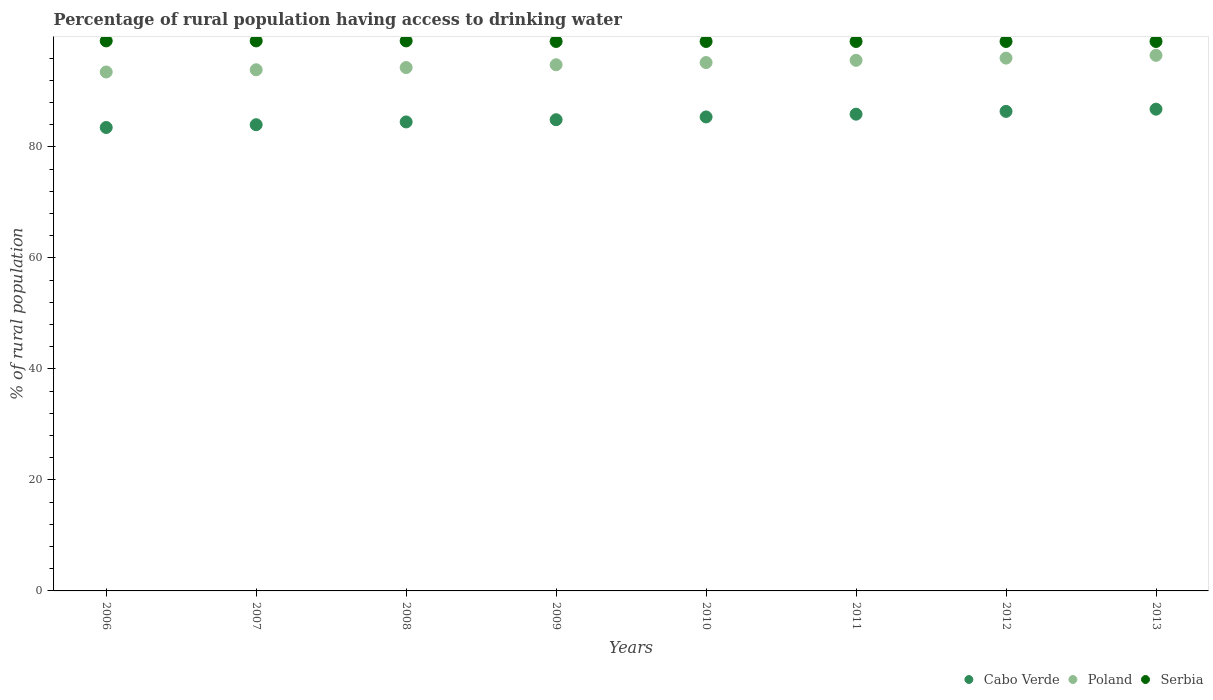
| Years | Cabo Verde | Poland | Serbia |
 | --- | --- | --- | --- |
 | 2006 | 83.5 | 93.5 | 99.1 |
 | 2007 | 84 | 93.9 | 99.1 |
 | 2008 | 84.5 | 94.3 | 99.1 |
 | 2009 | 84.9 | 94.8 | 99 |
 | 2010 | 85.4 | 95.2 | 99 |
 | 2011 | 85.9 | 95.6 | 99 |
 | 2012 | 86.4 | 96 | 99 |
 | 2013 | 86.8 | 96.5 | 99 |